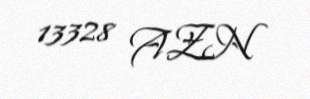
13328 AZN